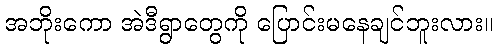
အဘိုးကော အဲဒီရွာတွေကို ပြောင်းမနေချင်ဘူးလား။